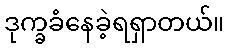
ဒုက္ခခံနေခဲ့ရရှာတယ်။